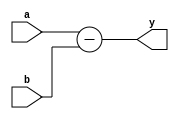
module il_sub #(
  parameter NBITS  = 4,
  parameter PBITS  = 2
 ) (
  input  [NBITS+PBITS+2 :0] a,
  input  [NBITS+PBITS+2 :0] b,
  output [NBITS+PBITS+3 :0] y
);

assign y = a - b;

endmodule